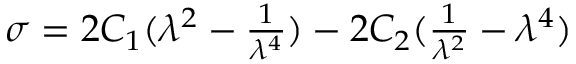
\begin{array} { r } { \sigma = 2 C _ { 1 } ( \lambda ^ { 2 } - \frac { 1 } { \lambda ^ { 4 } } ) - 2 C _ { 2 } ( \frac { 1 } { \lambda ^ { 2 } } - \lambda ^ { 4 } ) } \end{array}